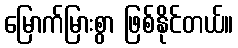
မြောက်မြားစွာ ဖြစ်နိုင်တယ်။